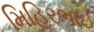
મિહિરભાઈ